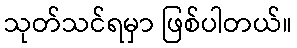
သုတ်သင်ရမှာ ဖြစ်ပါတယ်။